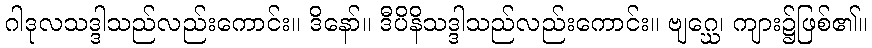
ဂါဒုလသဒ္ဒါသည်လည်းကောင်း။ ဒိနော်။ ဒီပိနိသဒ္ဒါသည်လည်းကောင်း။ ဗျဂ္ဃေ၊ ကျား၌ဖြစ်၏။